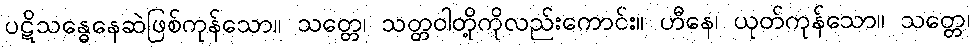
ပဋိသန္ဓေနေဆဲဖြစ်ကုန်သော။ သတ္တေ၊ သတ္တဝါတို့ကိုလည်းကောင်း။ ဟီနေ၊ ယုတ်ကုန်သော။ သတ္တေ၊